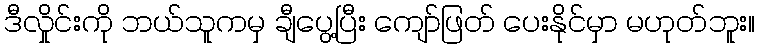
ဒီလှိုင်းကို ဘယ်သူကမှ ချီပွေ့ပြီး ကျော်ဖြတ် ပေးနိုင်မှာ မဟုတ်ဘူး။